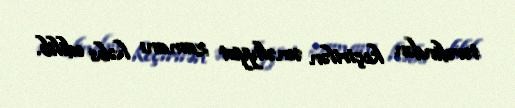
tərəfindən keçirilən əməliyyat zamanı həbs edilib.